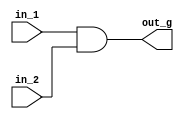
`timescale 1ns / 1ps
//////////////////////////////////////////////////////////////////////////////////
// Company: 
// Engineer: 
// 
// Design Name: 
// Module Name: And_gate
// Project Name: 
// Target Devices: 
// Tool Versions: 
// Description: 
// 
// Dependencies: 
// 
// Revision:
// Revision 0.01 - File Created
// Additional Comments:
// 
//////////////////////////////////////////////////////////////////////////////////

module And_gate(in_1, in_2, out_g);
input  in_1, in_2 ;
output  out_g ;

///output signal from control(aka -...  branch) and zero from output of alu // //
assign out_g = in_1 & in_2 ;

endmodule